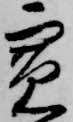
寛